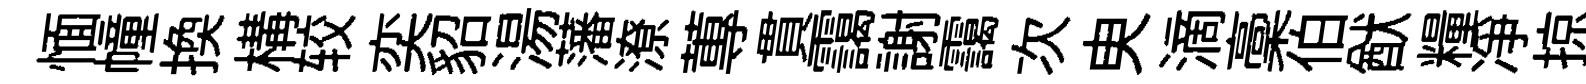
愐幢換構较奕貂湯藩潦蓴貫靄謝靄次㬰滴稾伯猷糧净掠